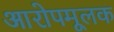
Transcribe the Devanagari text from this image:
आरोपमूलक